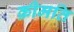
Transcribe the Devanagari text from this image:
क़ीमति